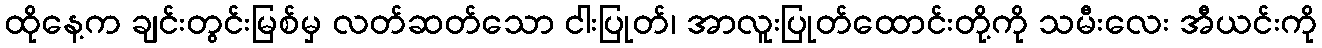
ထိုနေ့က ချင်းတွင်းမြစ်မှ လတ်ဆတ်သော ငါးပြုတ်၊ အာလူးပြုတ်ထောင်းတို့ကို သမီးလေး အီယင်းကို